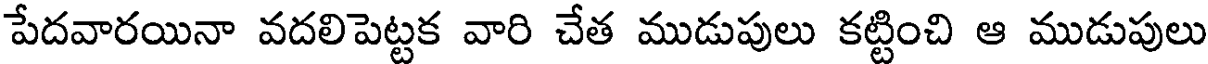
పేదవారయినా వదలిపెట్టక వారి చేత ముడుపులు కట్టించి ఆ ముడుపులు